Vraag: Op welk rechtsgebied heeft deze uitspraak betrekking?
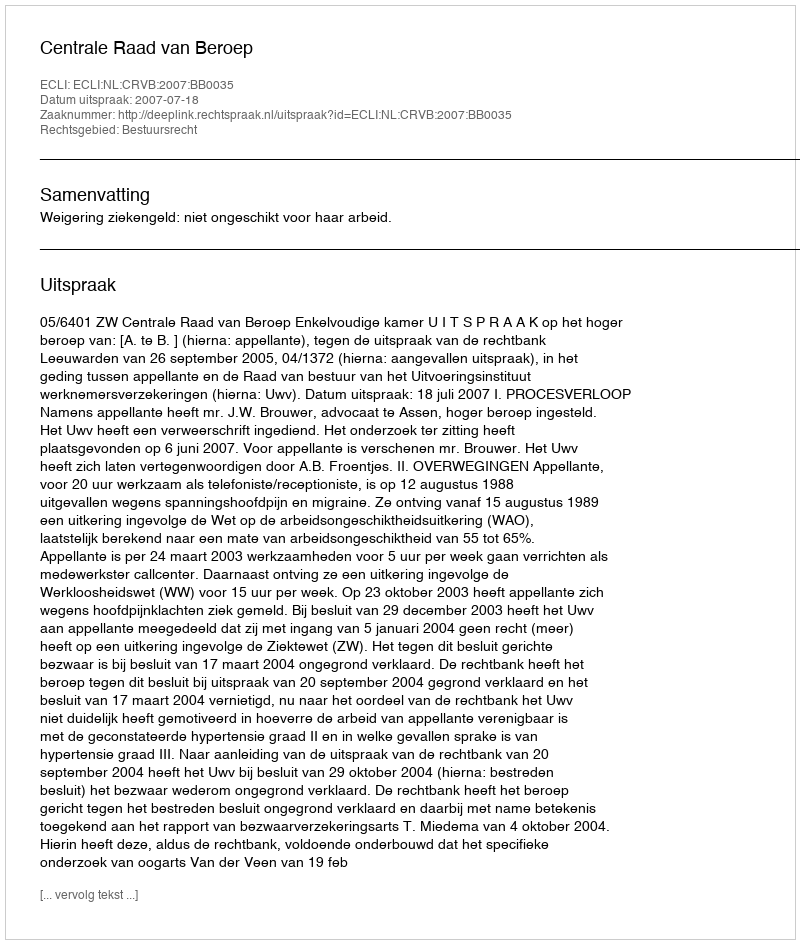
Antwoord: Bestuursrecht